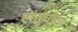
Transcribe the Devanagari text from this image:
होंतुचोवा